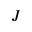
J